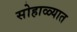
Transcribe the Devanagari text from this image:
सोहाळ्यात